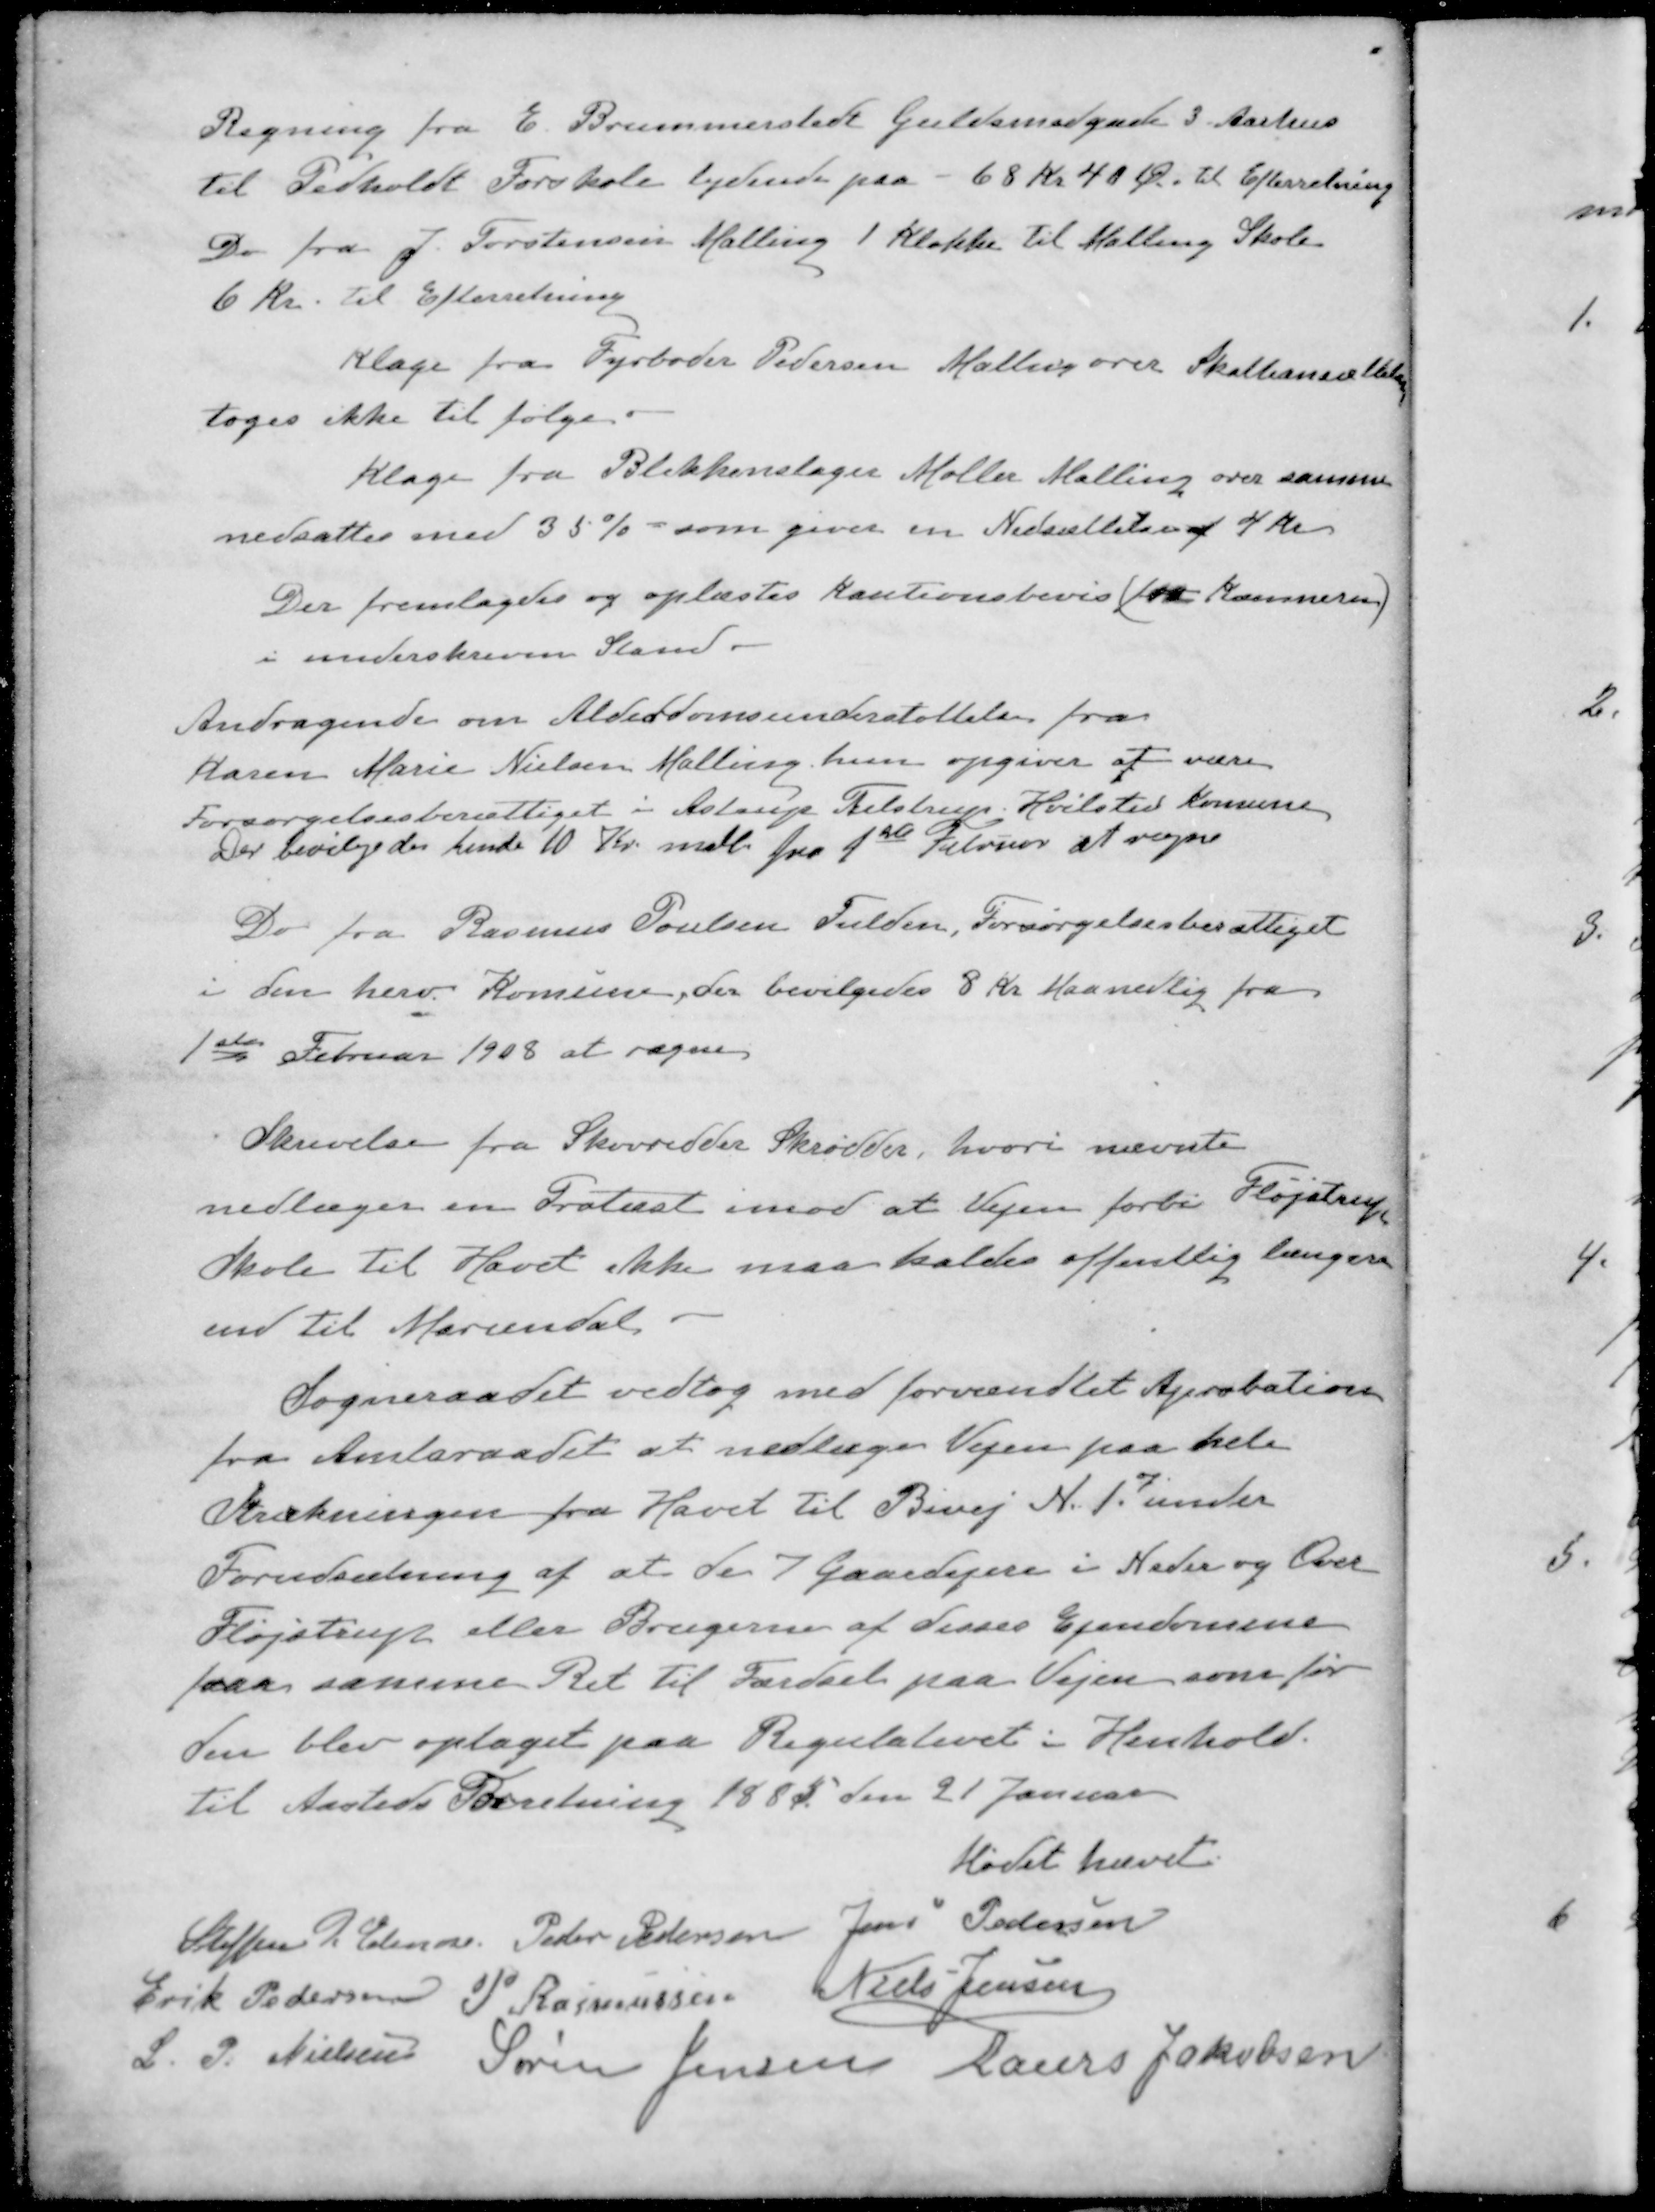
Transskription:
Regning fra E. Brummerstedt Guldsmedgade 3 Aarhus
til Pedholdt Forskole lydende paa - 68 Kr 40 Øre til Efterretning
Do fra J.Torstensen Malling 1 Klokke til Malling Skole
6 kr. til Efterretning
Klage fra Fyrbøder Pedersen Malling over Skatteansættelse
toges ikke til følge.
Klage fra Blikkenslager Møller Malling over samme
nedsattes med 35 % - som giver en Nedsættelse af 4 Kr
Der fremlagdes og oplæstes Kautionsbevis (fra Kæmneren)
i underskreven Stand.
Andragende om Alderdomsunderstøttelse fra
Karen Marie Nielsen Malling, hun opgiver at være
Forsørgelsesberettiget i Astrup Tulstrup Hvilsted Komune
Der bevilgedes hende 10 Kr. mdl fra 1ste Februar at regne
Do fra Rasmus Poulsen Fulden, Forsørgelsesberettiget
i den herv. Komune, der bevilgedes 8 Kr Maanedlig fra
1ste Februar 1908 at regne
Skrivelse fra Skovridder Skrødder, hvori nævnte
nedlæger en Protest imod at Vejen forbi Fløjstrup
Skole til Havet ikke maa kaldes offentlig længere
end til Mariendal
Sogneraadet vedtog med forvændtet Aprobation
fra Amtsraadet at nedlæge Vejen paa hele
Strækningen fra Havet til Bivej N. 1 under
Forudsætning af at de 7 Gaardejere i Neder og Over
Fløjstrup eller Brugerne af disses Ejendomme
faar samme Ret til Færdsel paa Vejen som før
den blev optaget paa Regulativet i Henhold.
til Aasteds Forretning 1885 den 21 Januar
Mødet hævet.
Steffen P. Elmose
Peder Pedersen
Jens Pedersen
Erik Pedersen
P Rasmussen
Niels Jensen
L. P. Nielsen
Søren Jensen
Laurs Jakobsen